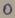
Text: O